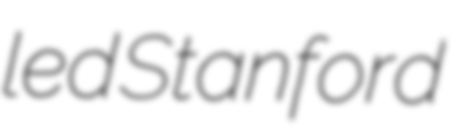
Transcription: led Stanford